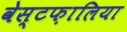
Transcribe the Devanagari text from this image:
वेस्टफ़ालिया